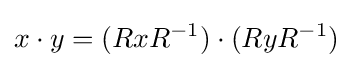
x\cdot y=(RxR^{-1})\cdot (RyR^{-1})